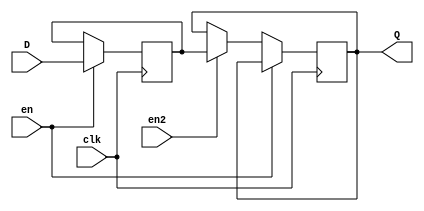
module multi_reg(D, Q, clk, en, en2);
    input clk, en, en2;
    input [3:0] D;
    output [3:0] Q;
    reg [3:0] d2;

    always @(posedge clk)
        if (en)
            d2 <= D;
        else if (en2)
            Q <= d2;

endmodule